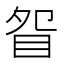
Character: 眢